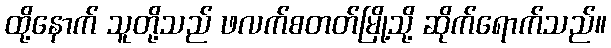
ထို့နောက် သူတို့သည် ဖလက်စတတ်မြို့သို့ ဆိုက်ရောက်သည်။